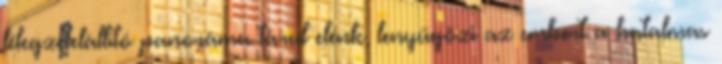
lélegzetelállító panoráma tárul elénk, lenyűgözi az embert a hatalmas